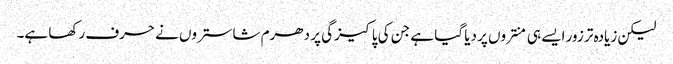
لیکن زیادہ تر زور ایسے ہی منتروں پر دیا گیا ہے جن کی پاکیزگی پر دھرم شاستروں نے حرف رکھا ہے۔